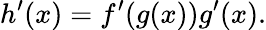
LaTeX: h^{\prime}(x)=f^{\prime}(g(x))g^{\prime}(x).